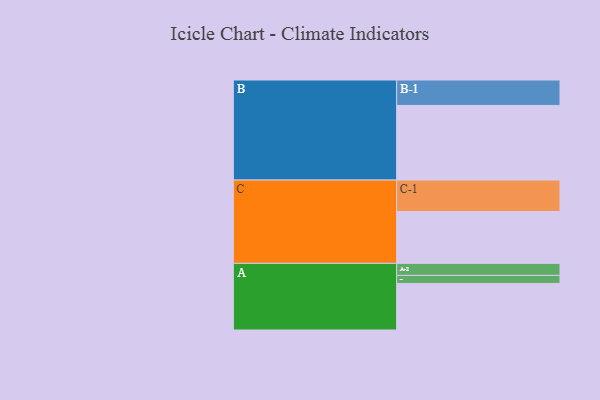
{"axis": {"x": "Segment", "y": "Value"}, "legend": ["", "A", "B", "C"], "data": [{"x": "A", "y": 372, "type": ""}, {"x": "B", "y": 596, "type": ""}, {"x": "C", "y": 414, "type": ""}, {"x": "A-1", "y": 64, "type": "A"}, {"x": "A-2", "y": 96, "type": "A"}, {"x": "B-1", "y": 203, "type": "B"}, {"x": "C-1", "y": 251, "type": "C"}]}